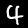
Digit: 4